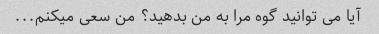
آیا می توانید گوه مرا به من بدهید؟ من سعی میکنم...